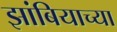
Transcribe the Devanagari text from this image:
झांबियाच्या